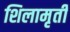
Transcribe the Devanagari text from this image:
शिलामृर्ती